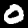
Label: 0